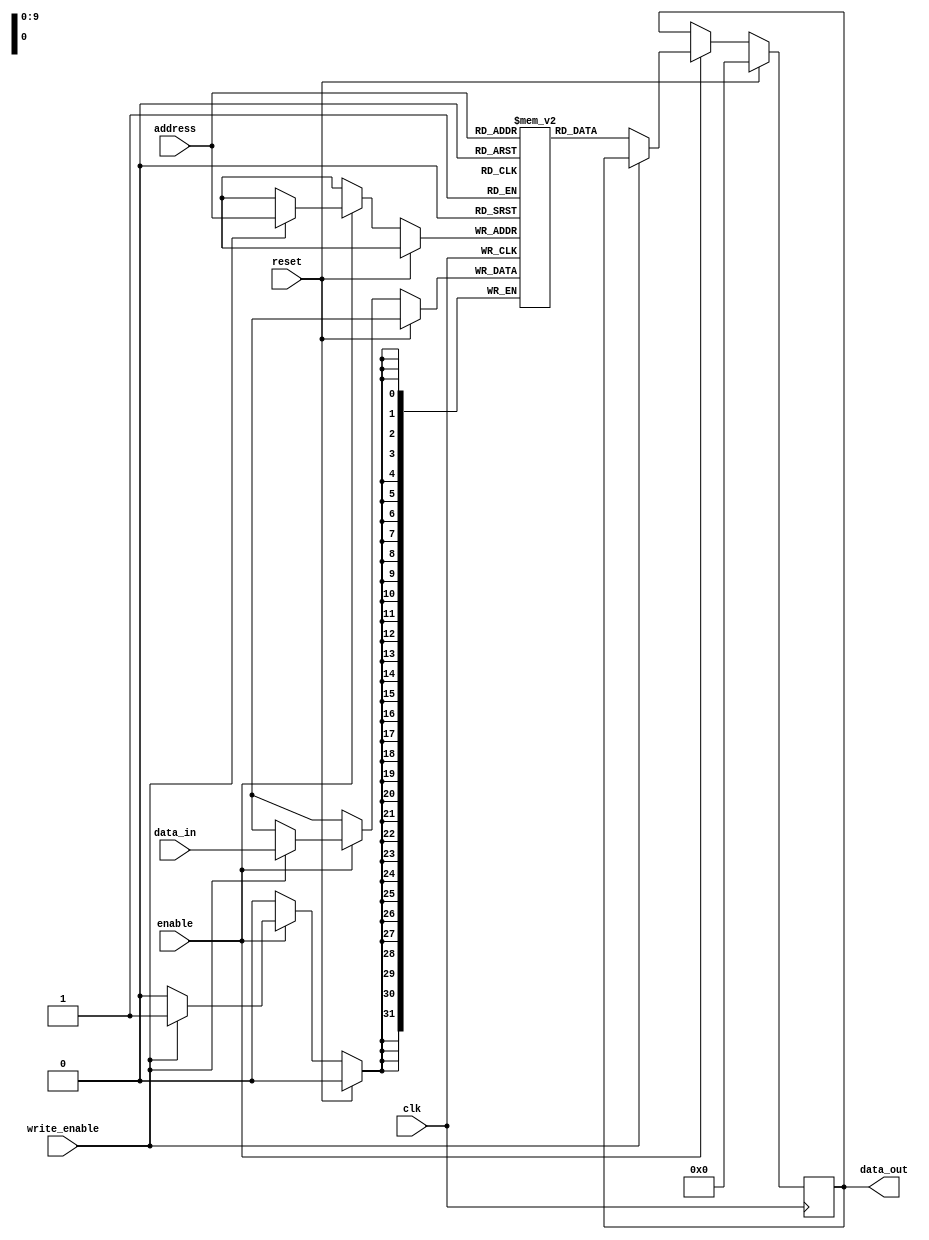
module LPDDR_RAM (
    input wire clk,
    input wire reset,
    input wire enable,
    input wire write_enable,
    input wire [31:0] data_in,
    input wire [9:0] address,
    output reg [31:0] data_out
);

reg [31:0] memory [1023:0]; // Memory block with specified size and organization

always @(posedge clk) begin
    if (reset) begin
        data_out <= 32'h00000000; // Reset data_out
    end else begin
        if (enable) begin
            if (write_enable) begin
                memory[address] <= data_in; // Write data to memory block
            end else begin
                data_out <= memory[address]; // Read data from memory block
            end
        end
    end
end

endmodule